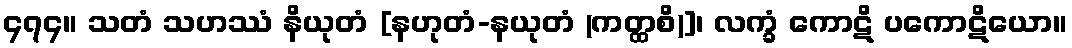
၄၇၄။ သတံ သဟဿံ နိယုတံ [နဟုတံ-နယုတံ (ကတ္ထစိ)]၊ လက္ခံ ကောဋိ ပကောဋိယော။